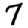
Digit: 7